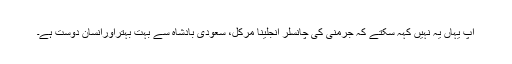
آپ یہاں یہ نہیں کہہ سکتے کہ جرمنی کی چانسلر انجلینا مرکل، سعودی بادشاہ سے بہت بہتراورانسان دوست ہے۔